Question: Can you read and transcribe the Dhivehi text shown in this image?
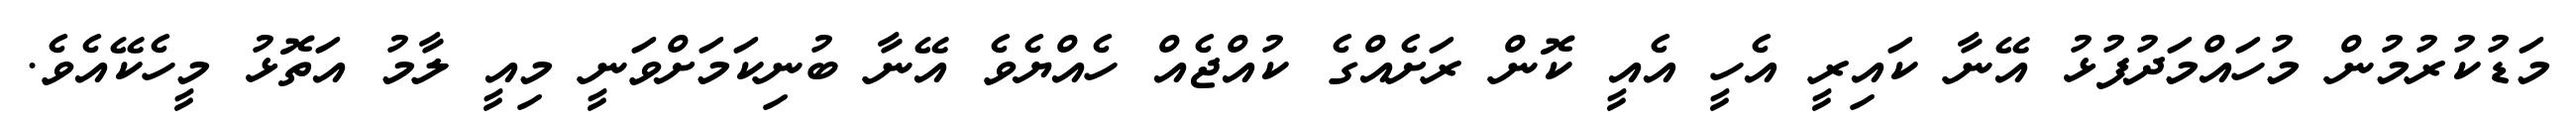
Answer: މަޑުކުރުމުން މުހައްމަދުފުޅު އޭނާ ކައިރީ އެހީ އެއީ ކޮން ރަށެއްގެ ކުއްޖެއް ހެއްޔެވެ އޭނާ ބުނިކަމަށްވަނީ މިއީ ލާމު އަތޮޅު މީހެކޭއެވެ.